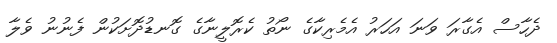
ދެހާސް އެގާރަ ވަނަ އަހަރު އެމެރިކާގެ ނޯތު ކެރޮލީނާގެ ގޮނޑުދޮށަކުން ފެނުނު ވެލާ